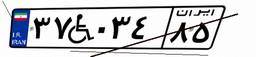
۳۷W۰۳۴۸۵